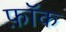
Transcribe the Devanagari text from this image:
फ़ॉक